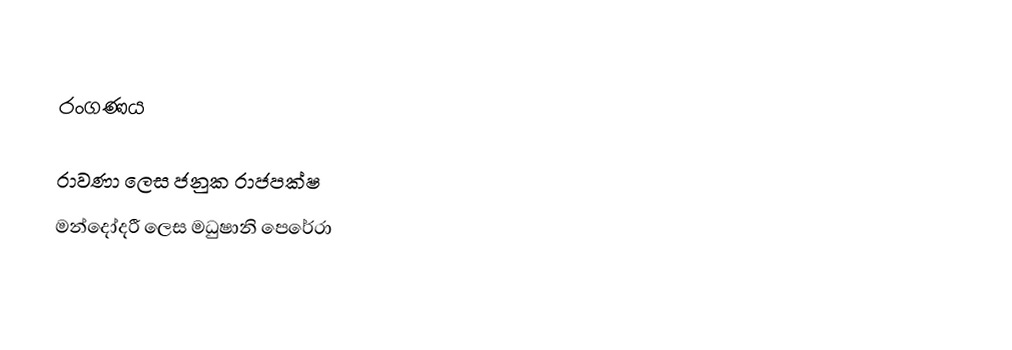

රංගණය

 රාවණා ලෙස ජනුක රාජපක්ෂ
 මන්දෝදරී ලෙස මධුෂානි පෙරේරා